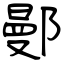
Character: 鄤